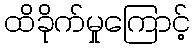
ထိခိုက်မှုကြောင့်